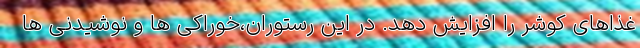
غذاهای کوشر را افزایش دهد. در این رستوران،خوراکی ها و نوشیدنی ها